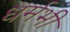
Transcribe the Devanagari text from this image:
धर्मभी